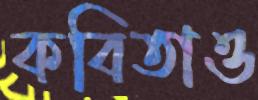
কবিতাও